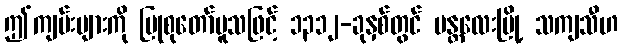
ဤကျမ်းများကို ပြုစုတော်မူသဖြင့် ၁၃၁၂-ခုနှစ်တွင် မန္တလေးမြို့ သကျသီဟ